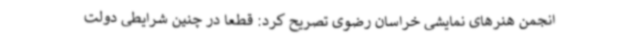
انجمن هنرهای نمایشی خراسان رضوی تصریح کرد: قطعاً در چنین شرایطی دولت